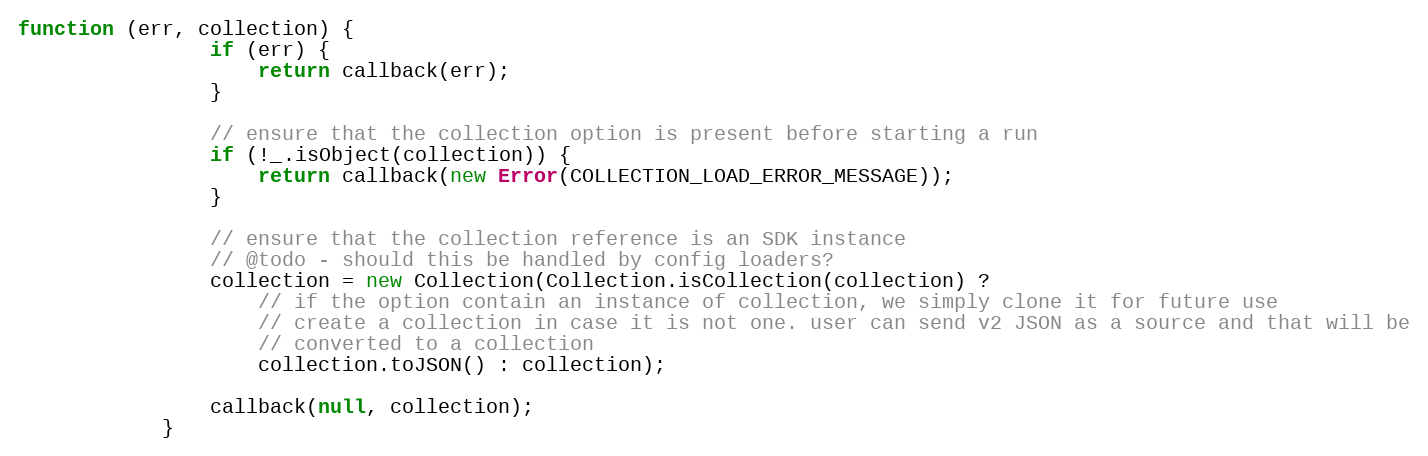
Language: JavaScript
function (err, collection) {
                if (err) {
                    return callback(err);
                }

                // ensure that the collection option is present before starting a run
                if (!_.isObject(collection)) {
                    return callback(new Error(COLLECTION_LOAD_ERROR_MESSAGE));
                }

                // ensure that the collection reference is an SDK instance
                // @todo - should this be handled by config loaders?
                collection = new Collection(Collection.isCollection(collection) ?
                    // if the option contain an instance of collection, we simply clone it for future use
                    // create a collection in case it is not one. user can send v2 JSON as a source and that will be
                    // converted to a collection
                    collection.toJSON() : collection);

                callback(null, collection);
            }